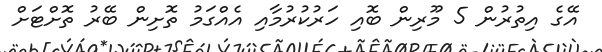
އޭގެ އިތުރުން 5 މޫރިން ބޮއި ހަރުކުރުމާއި އެއްގަމު ތޮށިން ބޭރު ތޮށްޓަށް